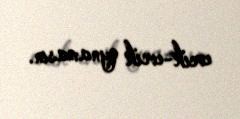
evcik-evcik oynamasın.